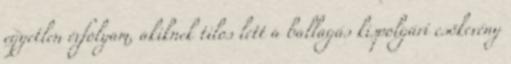
egyetlen évfolyam, akiknek tilos lett a ballagás kispolgári csökevény